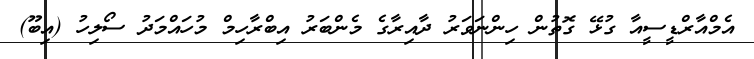
އެމްއާރްޑީސީއާ ގުޅޭ ގޮތުން ހިންނަވަރު ދާއިރާގެ މެންބަރު އިބްރާހިމް މުހައްމަދު ސޯލިހު (އިބޫ)